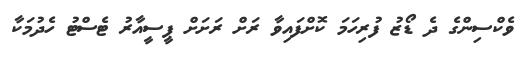
ވެކްސިންގެ ދެ ޑޯޒު ފުރިހަމަ ކޮށްފައިވާ ރަށް ރަށަށް ޕީސީއާރު ޓެސްޓު ހެދުމަކާ